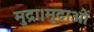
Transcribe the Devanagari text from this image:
मुद्रा।मुद्राओं